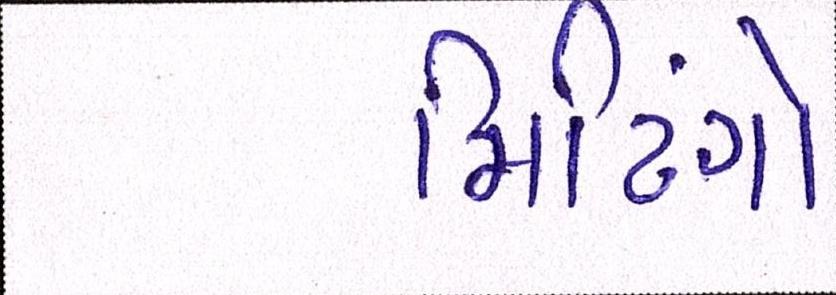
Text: મિટિંગો